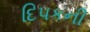
દિપકની